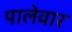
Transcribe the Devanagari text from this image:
पालेवार